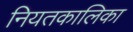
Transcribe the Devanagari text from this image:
नियतकालिका